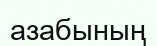
азабының